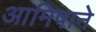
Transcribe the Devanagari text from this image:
आमिषाने